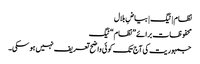
نظام | ٹیگ | بیاضِ بلال
محفوظات برائے ”نظام“ ٹیگ
جمہوریت کی آج تک کوئی واضح تعریف نہیں ہو سکی۔